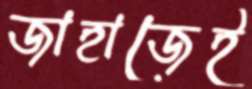
জাহাজেই